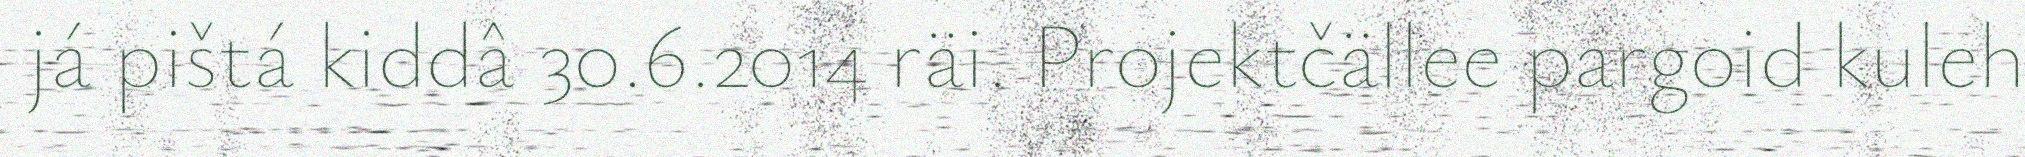
já pištá kiddâ 30.6.2014 räi. Projektčällee pargoid kuleh